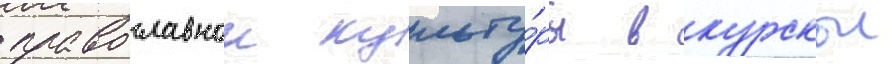
православнои культу́ры в курскои